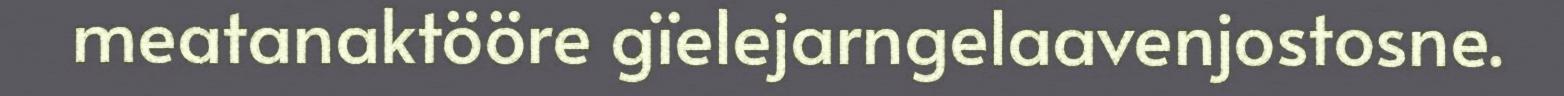
meatanaktööre gïelejarngelaavenjostosne.